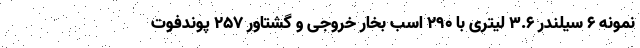
نمونه 6 سیلندر 3.6 لیتری با 290 اسب بخار خروجی و گشتاور 257 پوندفوت